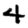
Digit: 4